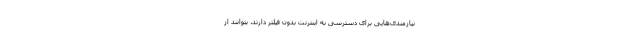
نیازمندی‌هایی برای دسترسی به اینترنت بدون فیلتر دارند، بتوانند از